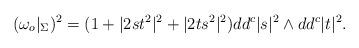
LaTeX: \begin{align*}(\omega _o |_{\Sigma})^2 = (1+ |2st^2|^2 + |2ts^2|^2) dd^c |s|^2 \wedge dd^c|t|^2.\end{align*}